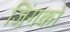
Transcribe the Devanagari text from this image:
जिंगको